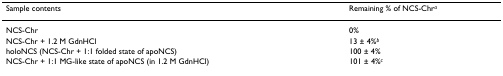
<table><thead><tr><td><b>Sample contents</b></td><td><b>Remaining % of NCS-Chr<sup><i>a</i></sup></b></td></tr></thead><tbody><tr><td>NCS-Chr</td><td>0%</td></tr><tr><td>NCS-Chr + 1.2 M GdnHCl</td><td>13 ± 4%<sup><i>b</i></sup></td></tr><tr><td>holoNCS (NCS-Chr + 1:1 folded state of apoNCS)</td><td>100 ± 4%</td></tr><tr><td>NCS-Chr + 1:1 MG-like state of apoNCS (in 1.2 M GdnHCl)</td><td>101 ± 4%<sup><i>c</i></sup></td></tr></tbody></table>